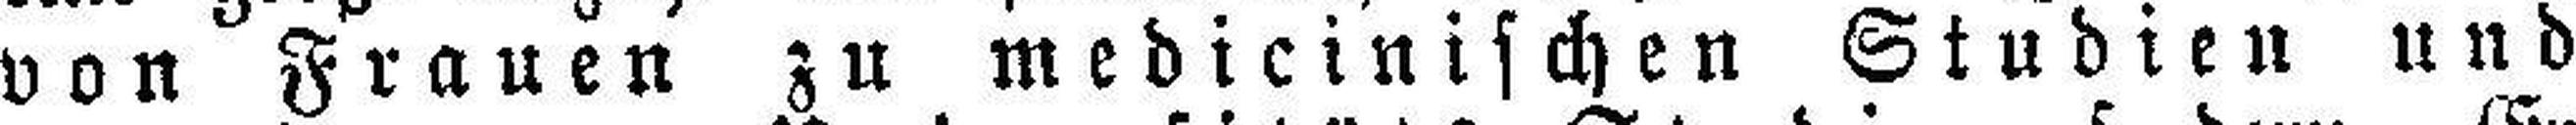
von Frauen zu medicinischen Studien und